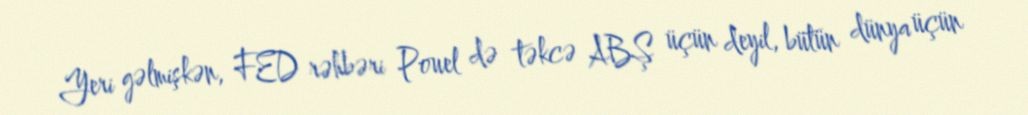
Yeri gəlmişkən, FED rəhbəri Pouel də təkcə ABŞ üçün deyil, bütün dünya üçün